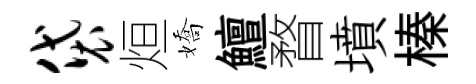
袋烜嬌鱣瞀墳榛